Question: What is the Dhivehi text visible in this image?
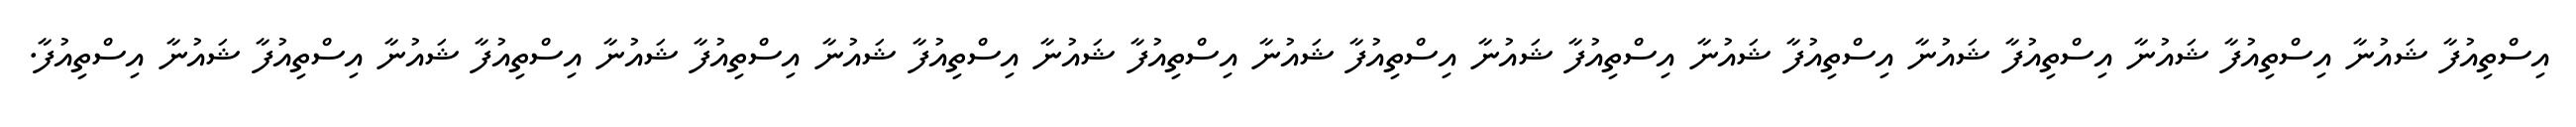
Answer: އިސްތިއުފާ ޝައުނާ އިސްތިއުފާ ޝައުނާ އިސްތިއުފާ ޝައުނާ އިސްތިއުފާ ޝައުނާ އިސްތިއުފާ ޝައުނާ އިސްތިއުފާ ޝައުނާ އިސްތިއުފާ ޝައުނާ އިސްތިއުފާ ޝައުނާ އިސްތިއުފާ ޝައުނާ އިސްތިއުފާ ޝައުނާ އިސްތިއުފާ ޝައުނާ އިސްތިއުފާ.